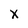
Character: x